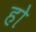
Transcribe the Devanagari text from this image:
हो